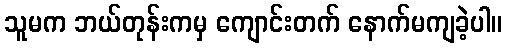
သူမက ဘယ်တုန်းကမှ ကျောင်းတက် နောက်မကျခဲ့ပါ။